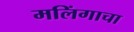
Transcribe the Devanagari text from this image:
मलिंगाचा